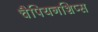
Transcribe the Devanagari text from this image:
चैपियनशिप्स